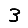
Digit: 3